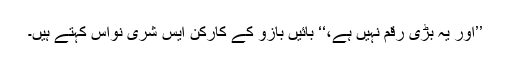
’’اور یہ بڑی رقم نہیں ہے،‘‘ بائیں بازو کے کارکن ایس شری نواس کہتے ہیں۔